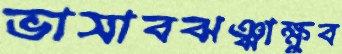
ভাসাবঝঞ্ঝাক্ষুব